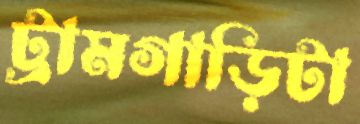
ট্রামগাড়িটা